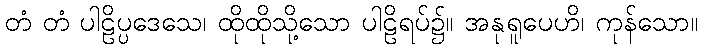
တံ တံ ပါဠိပ္ပဒေသေ၊ ထိုထိုသို့သော ပါဠိရပ်၌။ အနုရူပေဟိ၊ ကုန်သော။